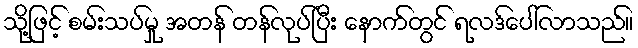
သို့ဖြင့် စမ်းသပ်မှု အတန် တန်လုပ်ပြီး နောက်တွင် ရလဒ်ပေါ်လာသည်။